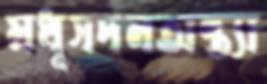
মধূসদনঅন্ত্যা